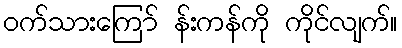
ဝက်သားကြော် န်းကန်ကို ကိုင်လျက်။